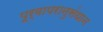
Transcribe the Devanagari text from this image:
पूर्वापरानुसंधान